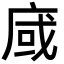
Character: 𢈿